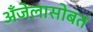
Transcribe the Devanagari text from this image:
अँजेलासोबत